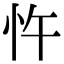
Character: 忤